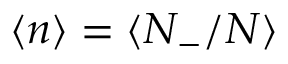
\langle n \rangle = \langle N _ { - } / N \rangle